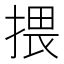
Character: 揋